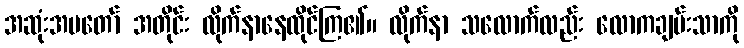
အဆုံးအမတော် အတိုင်း လိုက်နာနေထိုင်ကြ၏။ လိုက်နာ သလောက်လည်း လောကချမ်းသာကို